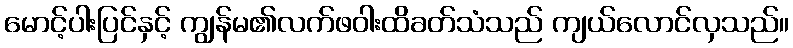
မောင့်ပါးပြင်နှင့် ကျွန်မ၏လက်ဖဝါးထိခတ်သံသည် ကျယ်လောင်လှသည်။